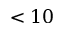
< 1 0